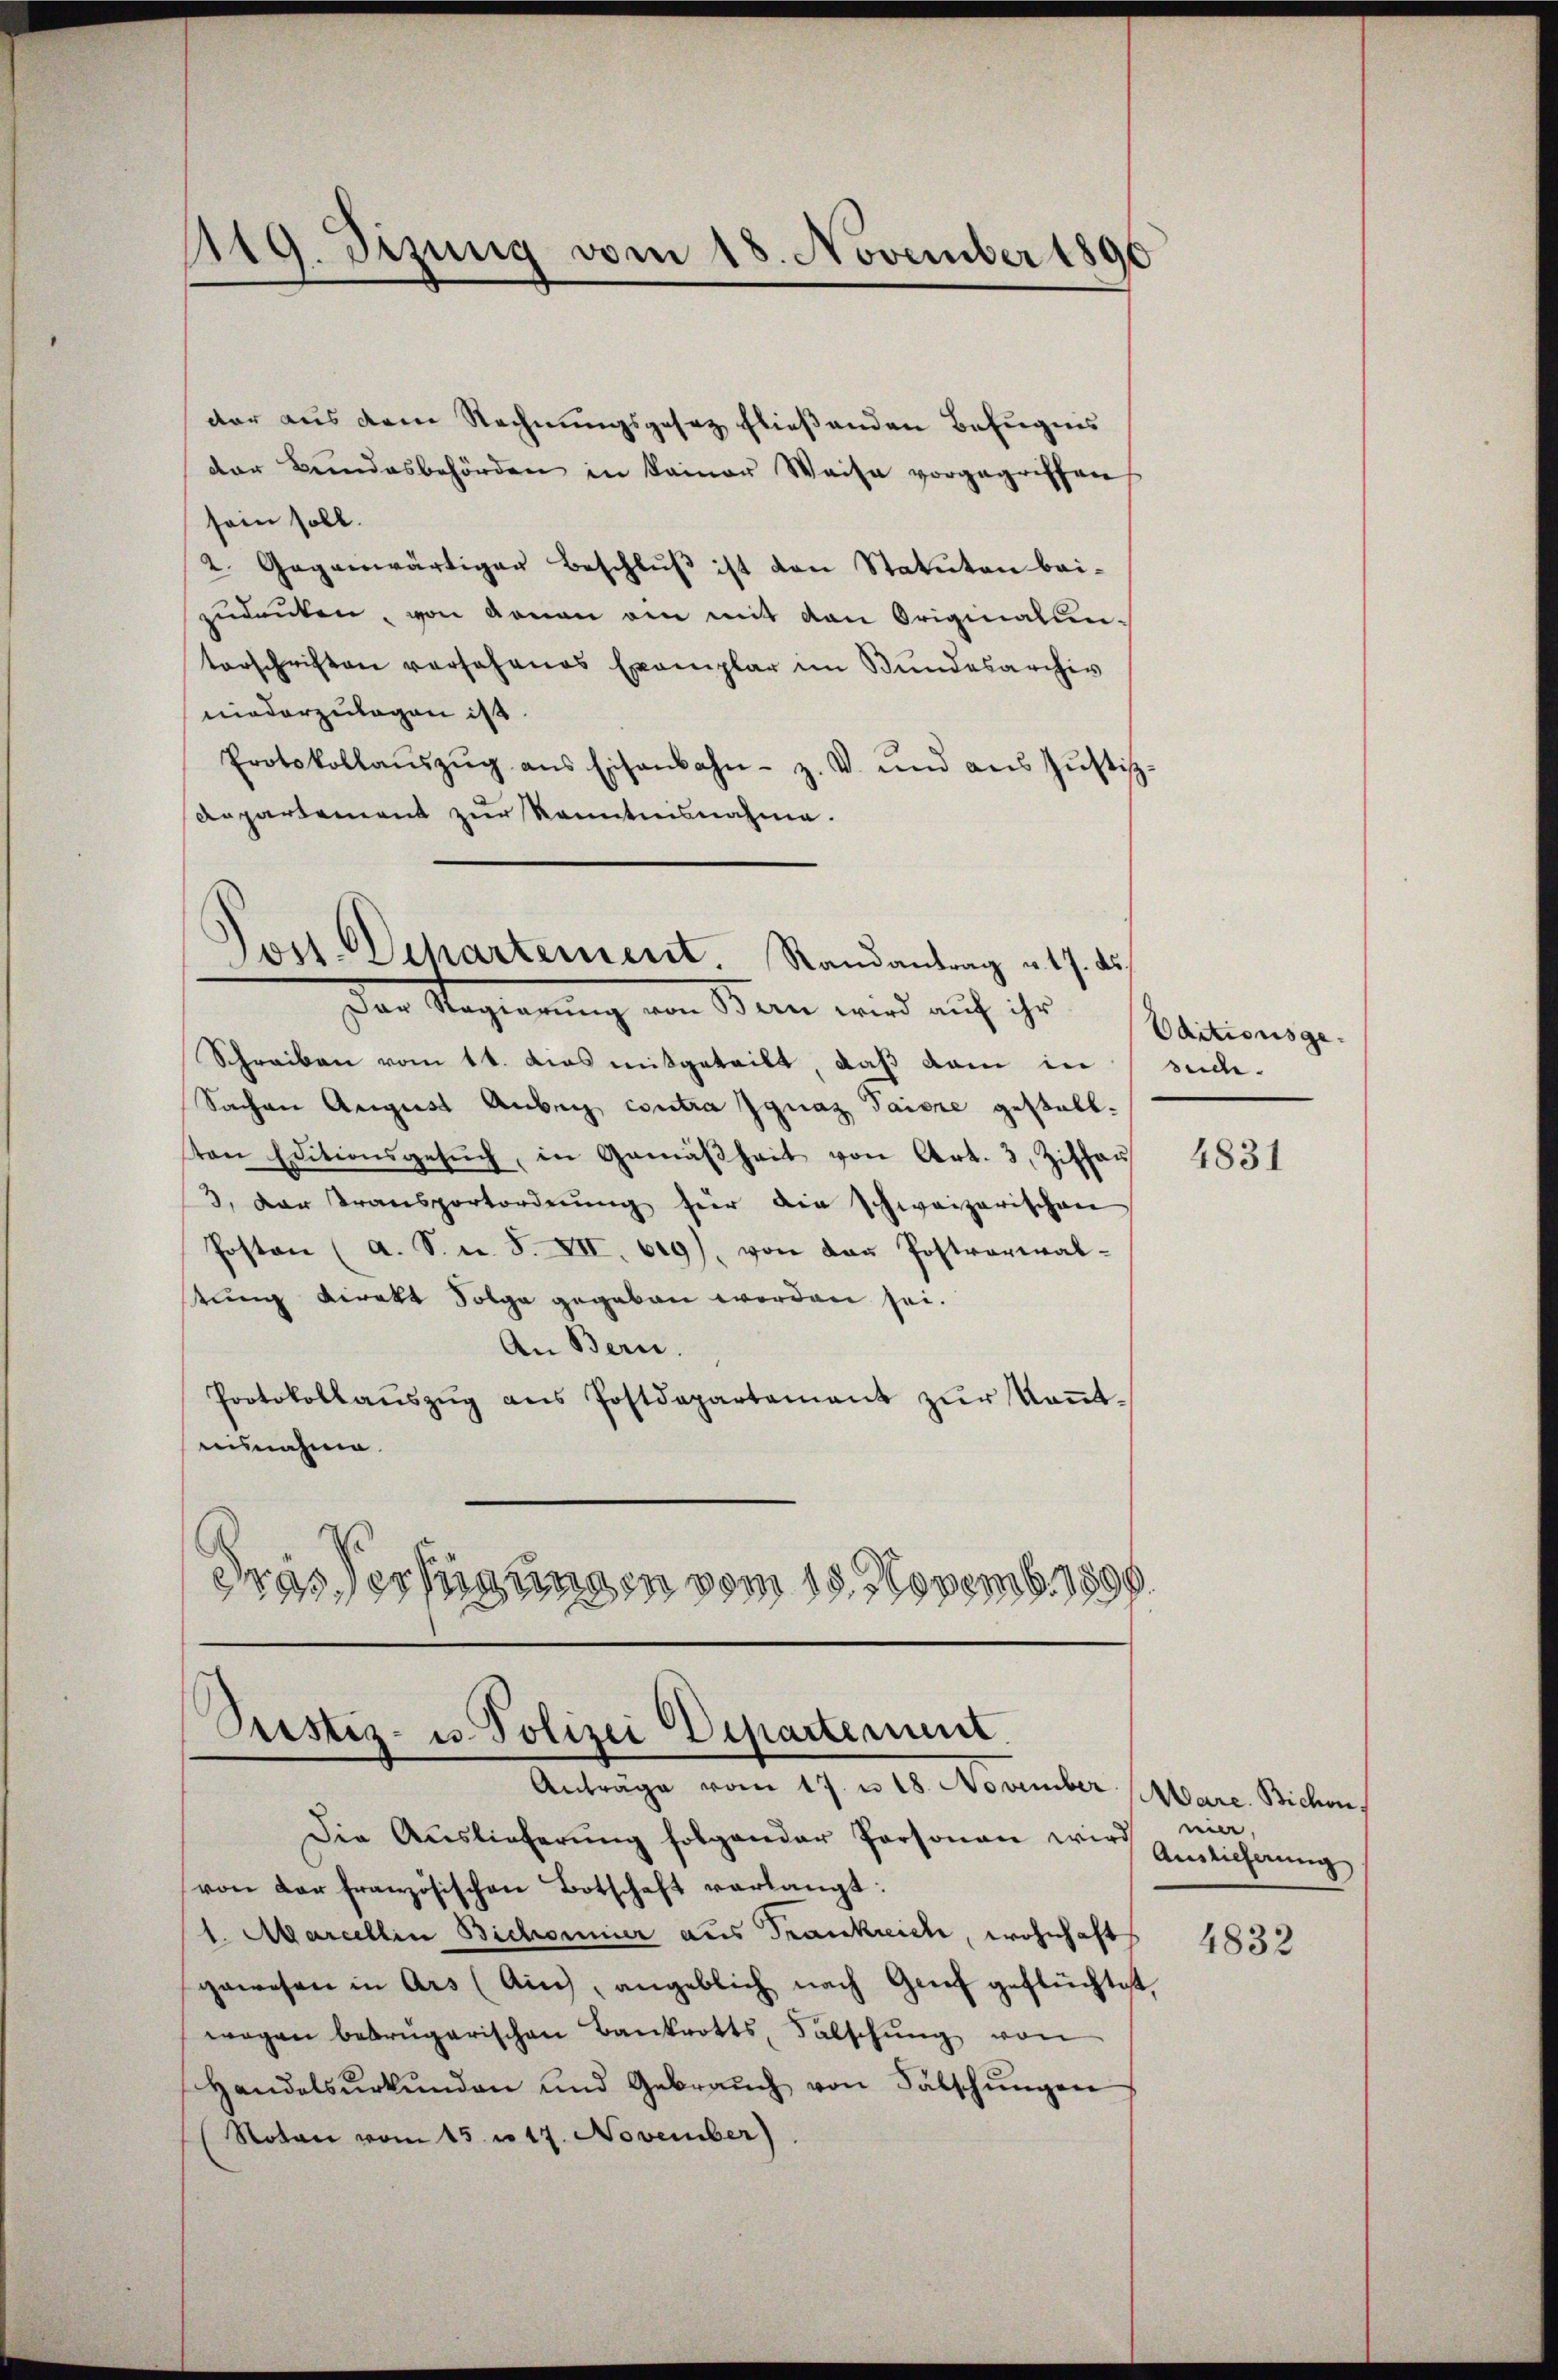
119. Jizung vom 18. November 1890
1

dar aus dem Rechnungsgesez fließenden Befugnis
der Bundesbehörden in keiner Weise vorgegriffen
sein soll.
2. Gegenwärtiger Beschlŭβ ist von Statuten bei-
zŭdenken, von genau am mit den Originalun-
terschriften vorsehenes Exemplar im Bundesarchiv
niederzulagen ist.
Protokollaŭszŭg ans Eisenbahn- z. B. und aŭs Jŭstiz-
Anpartement zur Kenntnisnahme.

Jost Dehartement. Randantrag u. 17. ds.
Der Regierung von Bern wird auf ihr

Pustiz- u. Polizei Departement.
Anträge vom 17. u 18. November Mare. Bichvie

Schreiben vom 11. das mitgeteilt, daß dan in suc-
Sachen August Anberg contra Ignaz Paiore gestalt.
ton Editionsgesŭch, in Gemäßheit von Art. 3, Zithar
3. Der Transportordnŭng für die schweizerischen
Posten (a. S. n. F. XII. 629), von dan Postverwal-
tung direkt Folge gegeben worden sei.
An Bern.
Protokollaŭszŭg ans Postdepartement zŭr Keṅt-
isnahme.
Gras Verfügungen vom 15. Novemb. 1890.

Die Auslieferŭng folgender Personen wird Anticherung
von der französischen Botschaft verlangt:
1. Mariellen Bichornier aus Frankreich, wohnhaft
gewesen in Ars (Ain, angeblich nach Genf geflüchtet,
wegen betrügerischen Bankrotts, Falschŭng von
Handelsŭrkŭnden und Gebraŭch von Fälschŭngen
Noton vom 15 n 17. November)

Oditionsge

4831

ni

4832